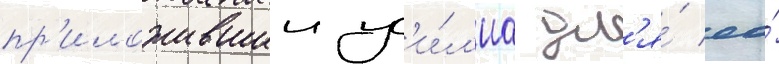
пр'иложившии ус'и́л'иа дл'я́ ео́